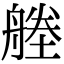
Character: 𦩱